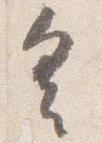
具